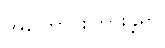
အကြောင်းကြားခဲ့ရာ